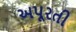
અપૂરતી